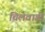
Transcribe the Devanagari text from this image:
चिलेवाडी